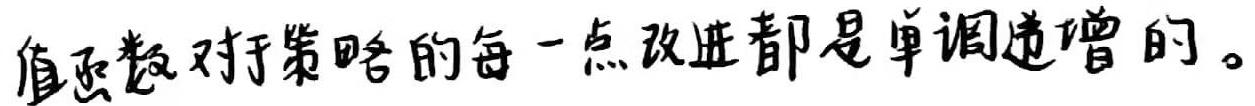
值函数对于策略的每一点改进都是单调递增的。